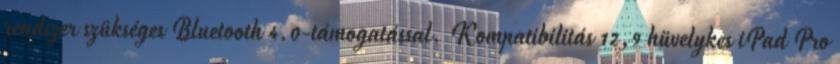
rendszer szükséges Bluetooth 4.0-támogatással. Kompatibilitás 12,9 hüvelykes iPad Pro